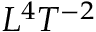
L ^ { 4 } T ^ { - 2 }